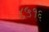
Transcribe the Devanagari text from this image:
८५१६